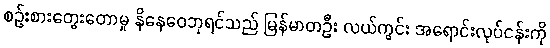
စဉ်းစားတွေးတောမှု နိနေဝေဘုရင်သည် မြန်မာတဦး လယ်ကွင်း အရောင်းလုပ်ငန်းကို